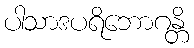
ပါသာဒပရိဘောဂန္တိ